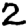
Digit: 2